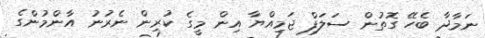
ނަމާދާ ބެހޭ ގޮތުން ސަލަފް ޖަމިއްޔާ އިން މީގެ ކުރިން ނެރުނު އާންމުންގެ